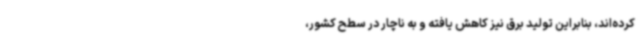
کرده‌اند، بنابراین تولید برق نیز کاهش یافته و به ناچار در سطح کشور،